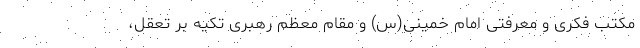
مکتب فکری و معرفتی امام خمینی(س) و مقام معظم رهبری تکیه بر تعقل،